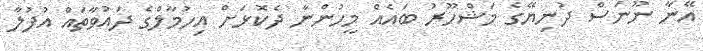
އޭނާ ނޫނަސް ދުނިޔޭގެ މަޝްހޫރު ބައެއް މީހުންނާ ދެކޮޅަށް އިހުމާލްގެ ދައުވާތައް އުފުލާ